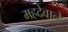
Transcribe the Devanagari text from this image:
महदेवाने